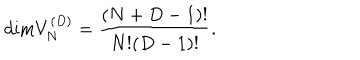
\mathrm { d i m } V _ { N } ^ { ( D ) } = { \frac { ( N + D - 1 ) ! } { N ! ( D - 1 ) ! } } .